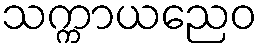
သက္ကာယညေဝ